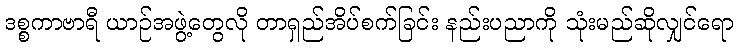
ဒစ္စကာဗာရီ ယာဉ်အဖွဲ့တွေလို တာရှည်အိပ်စက်ခြင်း နည်းပညာကို သုံးမည်ဆိုလျှင်ရော